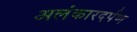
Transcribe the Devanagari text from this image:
अलंकारदर्पण